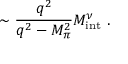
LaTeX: \sim \frac { q ^ { 2 } } { q ^ { 2 } - M _ { \pi } ^ { 2 } } M _ { \mathrm { i n t } } ^ { \nu } ~ .